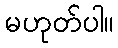
မဟုတ်ပါ။